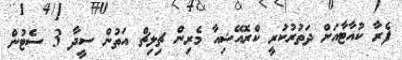
ފެރާ ކުއާޓާއަށް ދަތުރުކުރީ ކްރޮއޭޝިއާ މެރިން ޗިލިޗް އަތުން ސީދާ 3 ސެޓުން